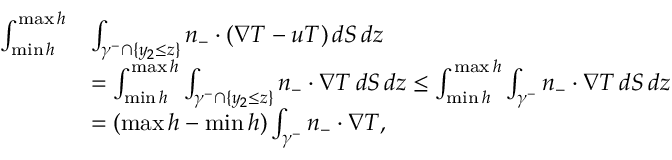
\begin{array} { r l } { \int _ { \operatorname* { m i n } h } ^ { \operatorname* { m a x } h } } & { \int _ { \gamma ^ { - } \cap \{ y _ { 2 } \leq z \} } n _ { - } \cdot ( \nabla T - u T ) \, d S \, d z } \\ & { = \int _ { \operatorname* { m i n } h } ^ { \operatorname* { m a x } h } \int _ { \gamma ^ { - } \cap \{ y _ { 2 } \leq z \} } n _ { - } \cdot \nabla T \, d S \, d z \leq \int _ { \operatorname* { m i n } h } ^ { \operatorname* { m a x } h } \int _ { \gamma ^ { - } } n _ { - } \cdot \nabla T \, d S \, d z } \\ & { = ( \operatorname* { m a x } h - \operatorname* { m i n } h ) \int _ { \gamma ^ { - } } n _ { - } \cdot \nabla T , } \end{array}